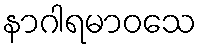
နာဂါရမာဝသေ